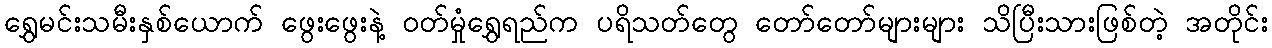
ရွှေမင်းသမီးနှစ်ယောက် ဖွေးဖွေးနဲ့ ဝတ်မှုံရွှေရည်က ပရိသတ်တွေ တော်တော်များများ သိပြီးသားဖြစ်တဲ့ အတိုင်း